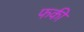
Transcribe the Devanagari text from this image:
फकी